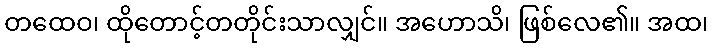
တထေဝ၊ ထိုတောင့်တတိုင်းသာလျှင်။ အဟောသိ၊ ဖြစ်လေ၏။ အထ၊